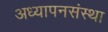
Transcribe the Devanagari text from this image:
अध्यापनसंस्था